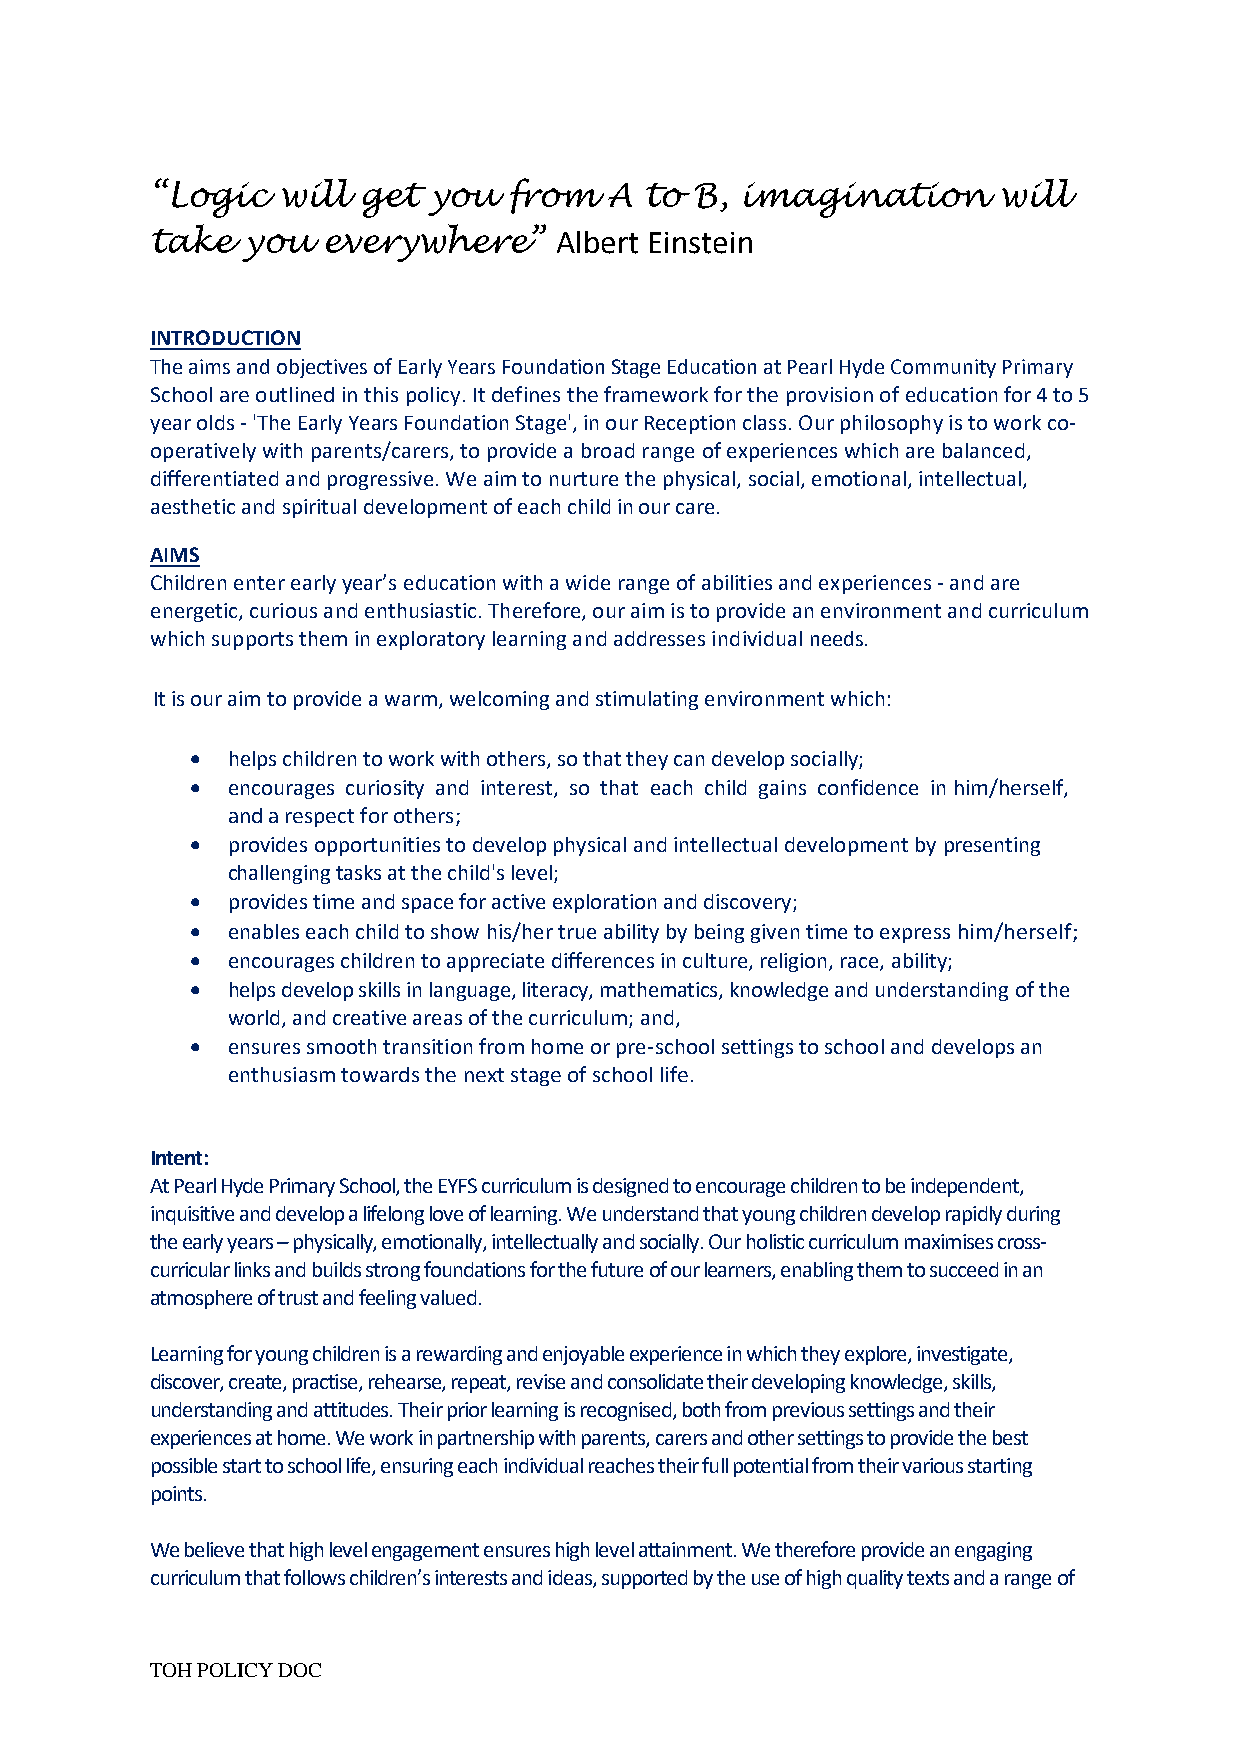
“Logic  will  get you   from  A  to B, imagination      will
 take  you  everywhere”     Albert Einstein
 INTRODUCTION
 The aims and objectives of Early Years Foundation Stage Education at Pearl Hyde Community Primary
 School are outlined in this policy. It defines the framework for the provision of education for 4 to 5
 year olds - 'The Early Years Foundation Stage', in our Reception class. Our philosophy is to work co-
 operatively with parents/carers, to provide a broad range of experiences which are balanced,
 differentiated and progressive. We aim to nurture the physical, social, emotional, intellectual,
 aesthetic and spiritual development of each child in our care.
 AIMS
 Children enter early year’s education with a wide range of abilities and experiences - and are
 energetic, curious and enthusiastic. Therefore, our aim is to provide an environment and curriculum
 which supports them in exploratory learning and addresses individual needs.
 It is our aim to provide a warm, welcoming and stimulating environment which:
 • helps children to work with others, so that they can develop socially;
 • encourages curiosity and interest, so that each child gains confidence in him/herself,
 and a respect for others;
 • provides opportunities to develop physical and intellectual development by presenting
 challenging tasks at the child's level;
 • provides time and space for active exploration and discovery;
 • enables each child to show his/her true ability by being given time to express him/herself;
 • encourages children to appreciate differences in culture, religion, race, ability;
 • helps develop skills in language, literacy, mathematics, knowledge and understanding of the
 world, and creative areas of the curriculum; and,
 • ensures smooth transition from home or pre-school settings to school and develops an
 enthusiasm towards the next stage of school life.
 Intent:
 At Pearl Hyde Primary School, the EYFS curriculum is designed to encourage children to be independent,
 inquisitive and develop a lifelong love of learning. We understand that young children develop rapidly during
 the early years – physically, emotionally, intellectually and socially. Our holistic curriculum maximises cross-
 curricular links and builds strong foundations for the future of our learners, enabling them to succeed in an
 atmosphere of trust and feeling valued.
 Learning for young children is a rewarding and enjoyable experience in which they explore, investigate,
 discover, create, practise, rehearse, repeat, revise and consolidate their developing knowledge, skills,
 understanding and attitudes. Their prior learning is recognised, both from previous settings and their
 experiences at home. We work in partnership with parents, carers and other settings to provide the best
 possible start to school life, ensuring each individual reaches their full potential from their various starting
 points.
 We believe that high level engagement ensures high level attainment. We therefore provide an engaging
 curriculum that follows children’s interests and ideas, supported by the use of high quality texts and a range of
 TOH POLICY DOC